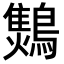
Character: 𪆅